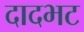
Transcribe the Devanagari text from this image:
दादभट